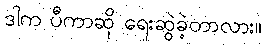
ဒါက ပီကာဆို ရေးဆွဲခဲ့တာလား။